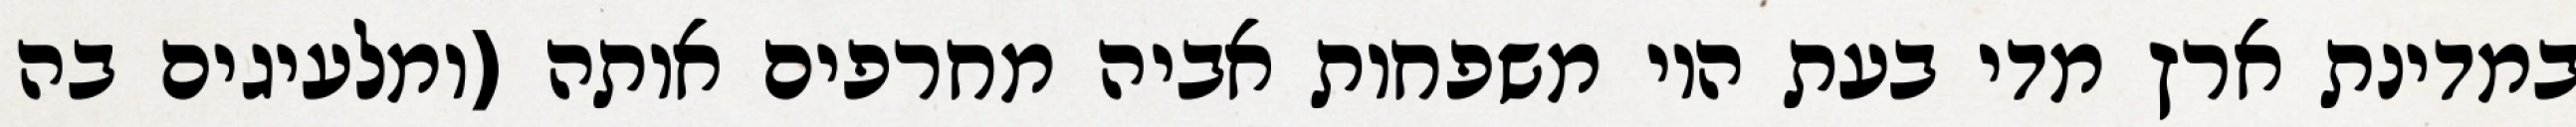
במדינת ארץ מדי בעת היו משפחות אביה מחרפים אותה (ומלעיגים בה